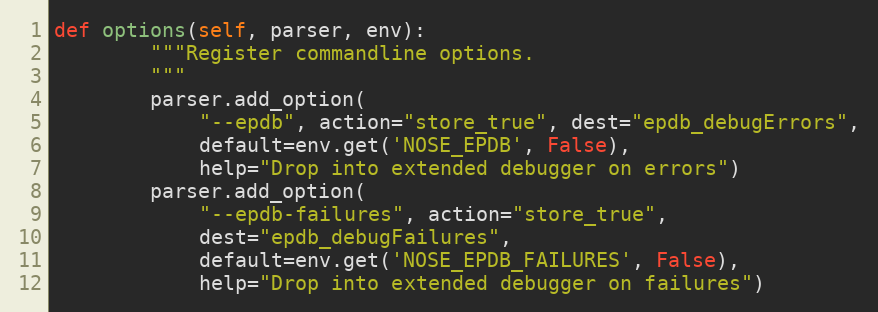
Language: Python
def options(self, parser, env):
        """Register commandline options.
        """
        parser.add_option(
            "--epdb", action="store_true", dest="epdb_debugErrors",
            default=env.get('NOSE_EPDB', False),
            help="Drop into extended debugger on errors")
        parser.add_option(
            "--epdb-failures", action="store_true",
            dest="epdb_debugFailures",
            default=env.get('NOSE_EPDB_FAILURES', False),
            help="Drop into extended debugger on failures")